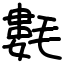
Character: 氀